Senior Leaving Certificate Examination (including Day School Certificate (Higher) General paper), 1946
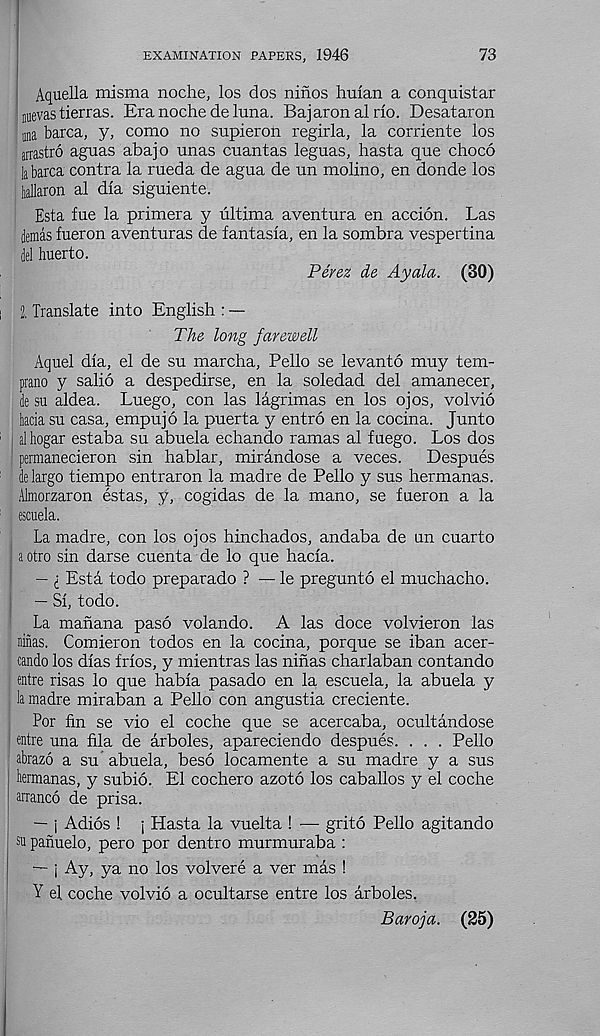
EXAMINATION PAPERS, 1946
73
Aquella misma noche, los dos ninos hirian a conquistar
nuevastierras. Era noche de lima. Bajaron al rio. Desataron
iina barca, y, como no supieron regirla, la corriente los
arrastro aguas abajo unas cuantas leguas, hasta que choco
la barca contra la rueda de agua de un molino, en donde los
hallaron al dla siguiente.
Esta fue la primera y ultima aventura en accion. Las
iemas fueron aventuras de fantasia, en la sombra vespertina
del huerto.
Perez de Ayala. (30)
2. Translate into English : —
The long farewell
Aquel dla, el de su marcha, Pello se levanto muy tem-
prano y salio a despedirse, en la soledad del amanecer,
de su aldea. Luego, con las lagrimas en los ojos, volvio
liatia su casa, empujo la puerta y entro en la cocina. Junto
alhogar estaba su abuela echando ramas al fuego. Los dos
permanecieron sin hablar, mirandose a veces.
Despues
de largo tiempo entraron la madre de Pello y sus hermanas.
Almorzaron estas, y, cogidas de la mano, se fueron a la
escuela.
La madre, con los ojos hinchados, andaba de un cuarto
aotro sin darse cuenta de lo que hacla.
— i Esta todo preparado ? — le pregunto el muchacho.
— SI, todo.
La manana paso volando. A las doce volvieron las
ninas. Comieron todos en la cocina, porque se iban acer-
cando los dlas frlos, y mientras las ninas charlaban contando
entre risas lo que habla pasado en la escuela, la abuela y
la madre miraban a Pello con angustia creciente.
For fin se vio el coche que se acercaba, ocultandose
entre una fila de arboles, apareciendo despues. . . . Pello
abrazo a su abuela, beso locamente a su madre y a sus
liermanas, y subio. El cochero azoto los caballos y el coche
arranco de prisa.
— j Adios ! j Hasta la vuelta ! -— grito Pello agitando
su pafiuelo, pero por dentro murmuraba :
— j Ay, ya no los volvere a ver mas !
Y el coche volvio a ocultarse entre los arboles.
Baroja. (25)